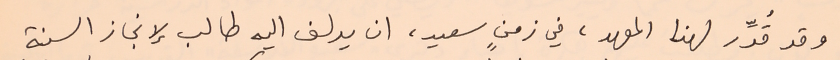
وقد قُدِّر لهذا المعهد، في زمنٍ سعيد، ان يدلف اليه طالب لإنجاز السنة